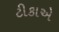
ટીકાએ